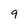
Character: 9